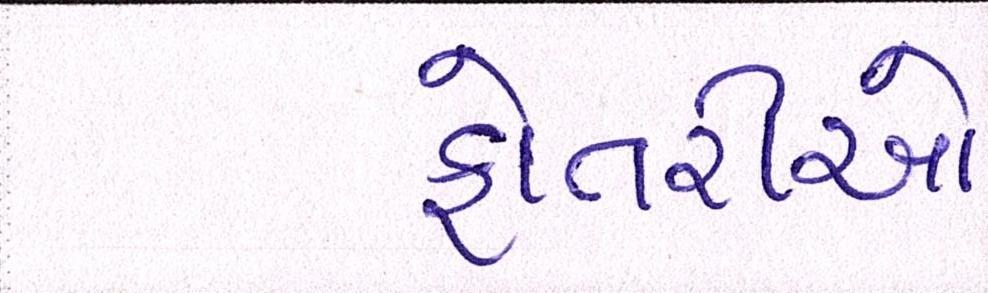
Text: ફોતરીઓ